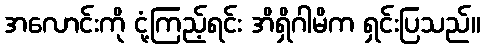
အလောင်းကို ငုံ့ကြည့်ရင်း အိရှိဂါမိက ရှင်းပြသည်။